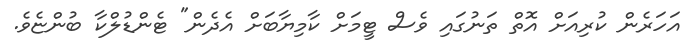
އަހަރެން ކުރިއަށް އޮތް ތަނުގައި ވެސް ޓީމަށް ކާމިޔާބަށް އެދެން" ޓެންޑުލްކާ ބުންޏެވެ.